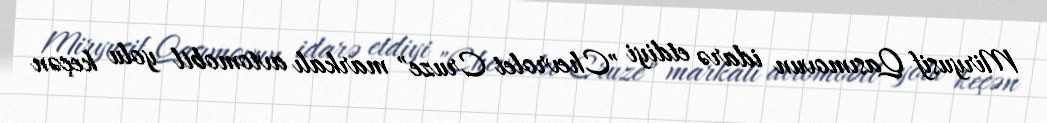
Miryusif Qasımovun idarə etdiyi "Chevrolet Cruze" markalı avtomobil yolu keçən